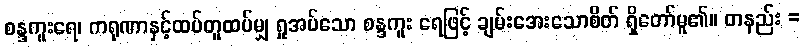
စန္ဒကူးရေ၊ ကရုဏာနှင့်ထပ်တူထပ်မျှ ရှုအပ်သော စန္ဒကူး ရေဖြင့် ချမ်းအေးသောစိတ် ရှိတော်မူ၏။ တနည်း =